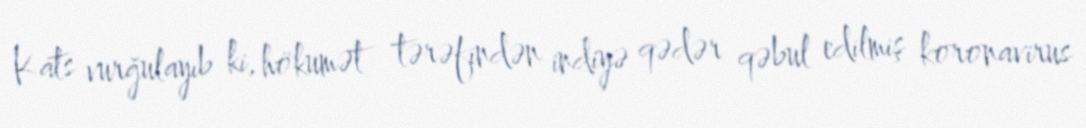
Kats vurğulayıb ki, hökumət tərəfindən indiyə qədər qəbul edilmiş koronavirus